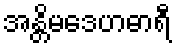
အန္တိမဒေဟဓာရီ